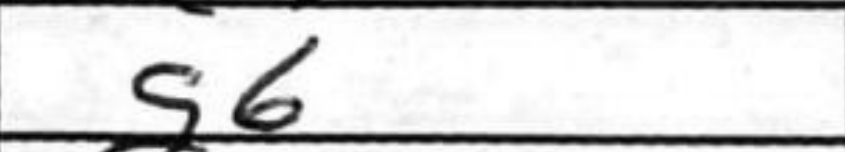
Transcription: g6